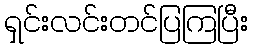
ရှင်းလင်းတင်ပြကြပြီး